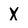
Character: X